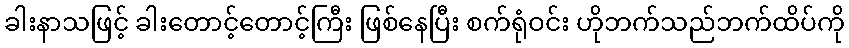
ခါးနာသဖြင့် ခါးတောင့်တောင့်ကြီး ဖြစ်နေပြီး စက်ရုံဝင်း ဟိုဘက်သည်ဘက်ထိပ်ကို